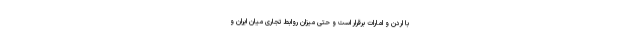
با اردن و امارات برقرار است و حتی میزان روابط تجاری میان ایران و